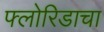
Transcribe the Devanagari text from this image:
फ्लोरिडाचा